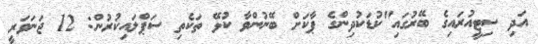
އަދި ސިޓީއުރައިގެ ބޭރުގައި"ކުޑަކުދިންގެ ޕާކަށް ބޭނުންވާ ކުޅޭ ތަކެތި ސަޕްލައިކުރުން: 12 ޖަނަވަރީ